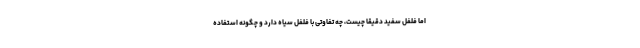
اما فلفل سفید دقیقا چیست، چه تفاوتی با فلفل سیاه دارد و چگونه استفاده